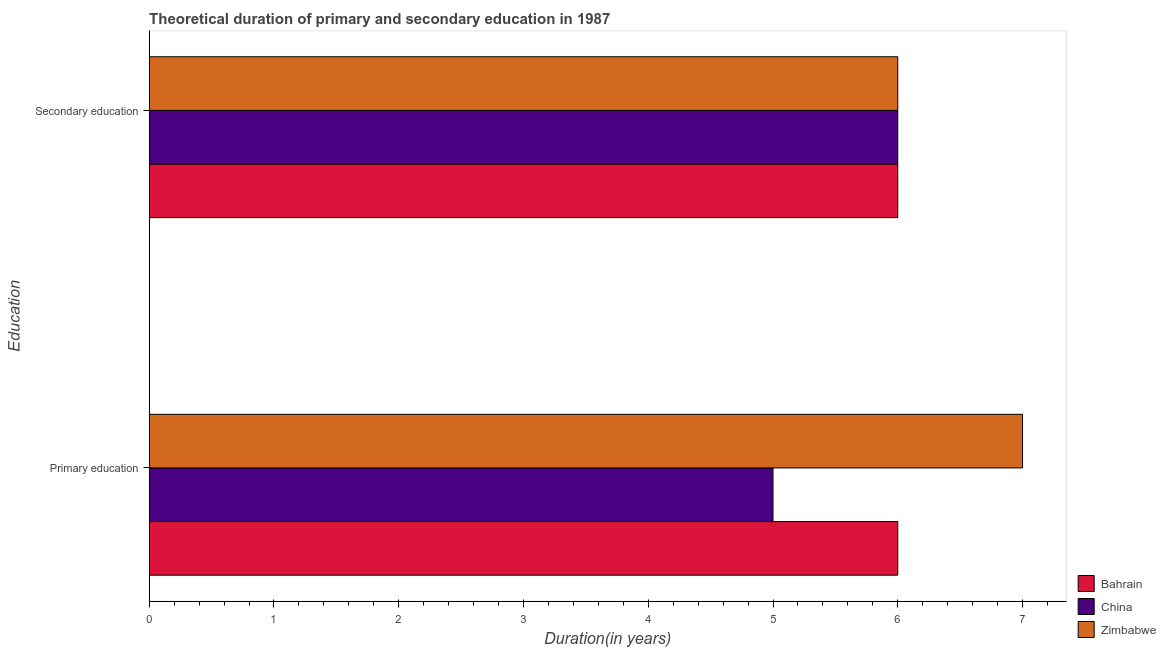
| Education | Bahrain | China | Zimbabwe |
 | --- | --- | --- | --- |
 | Primary education | 6 | 5 | 7 |
 | Secondary education | 6 | 6 | 6 |